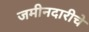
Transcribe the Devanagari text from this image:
जमीनदारीचे